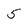
Character: 5